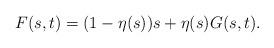
LaTeX: \begin{align*}F(s, t)=(1-\eta(s))s+\eta(s)G(s, t).\end{align*}